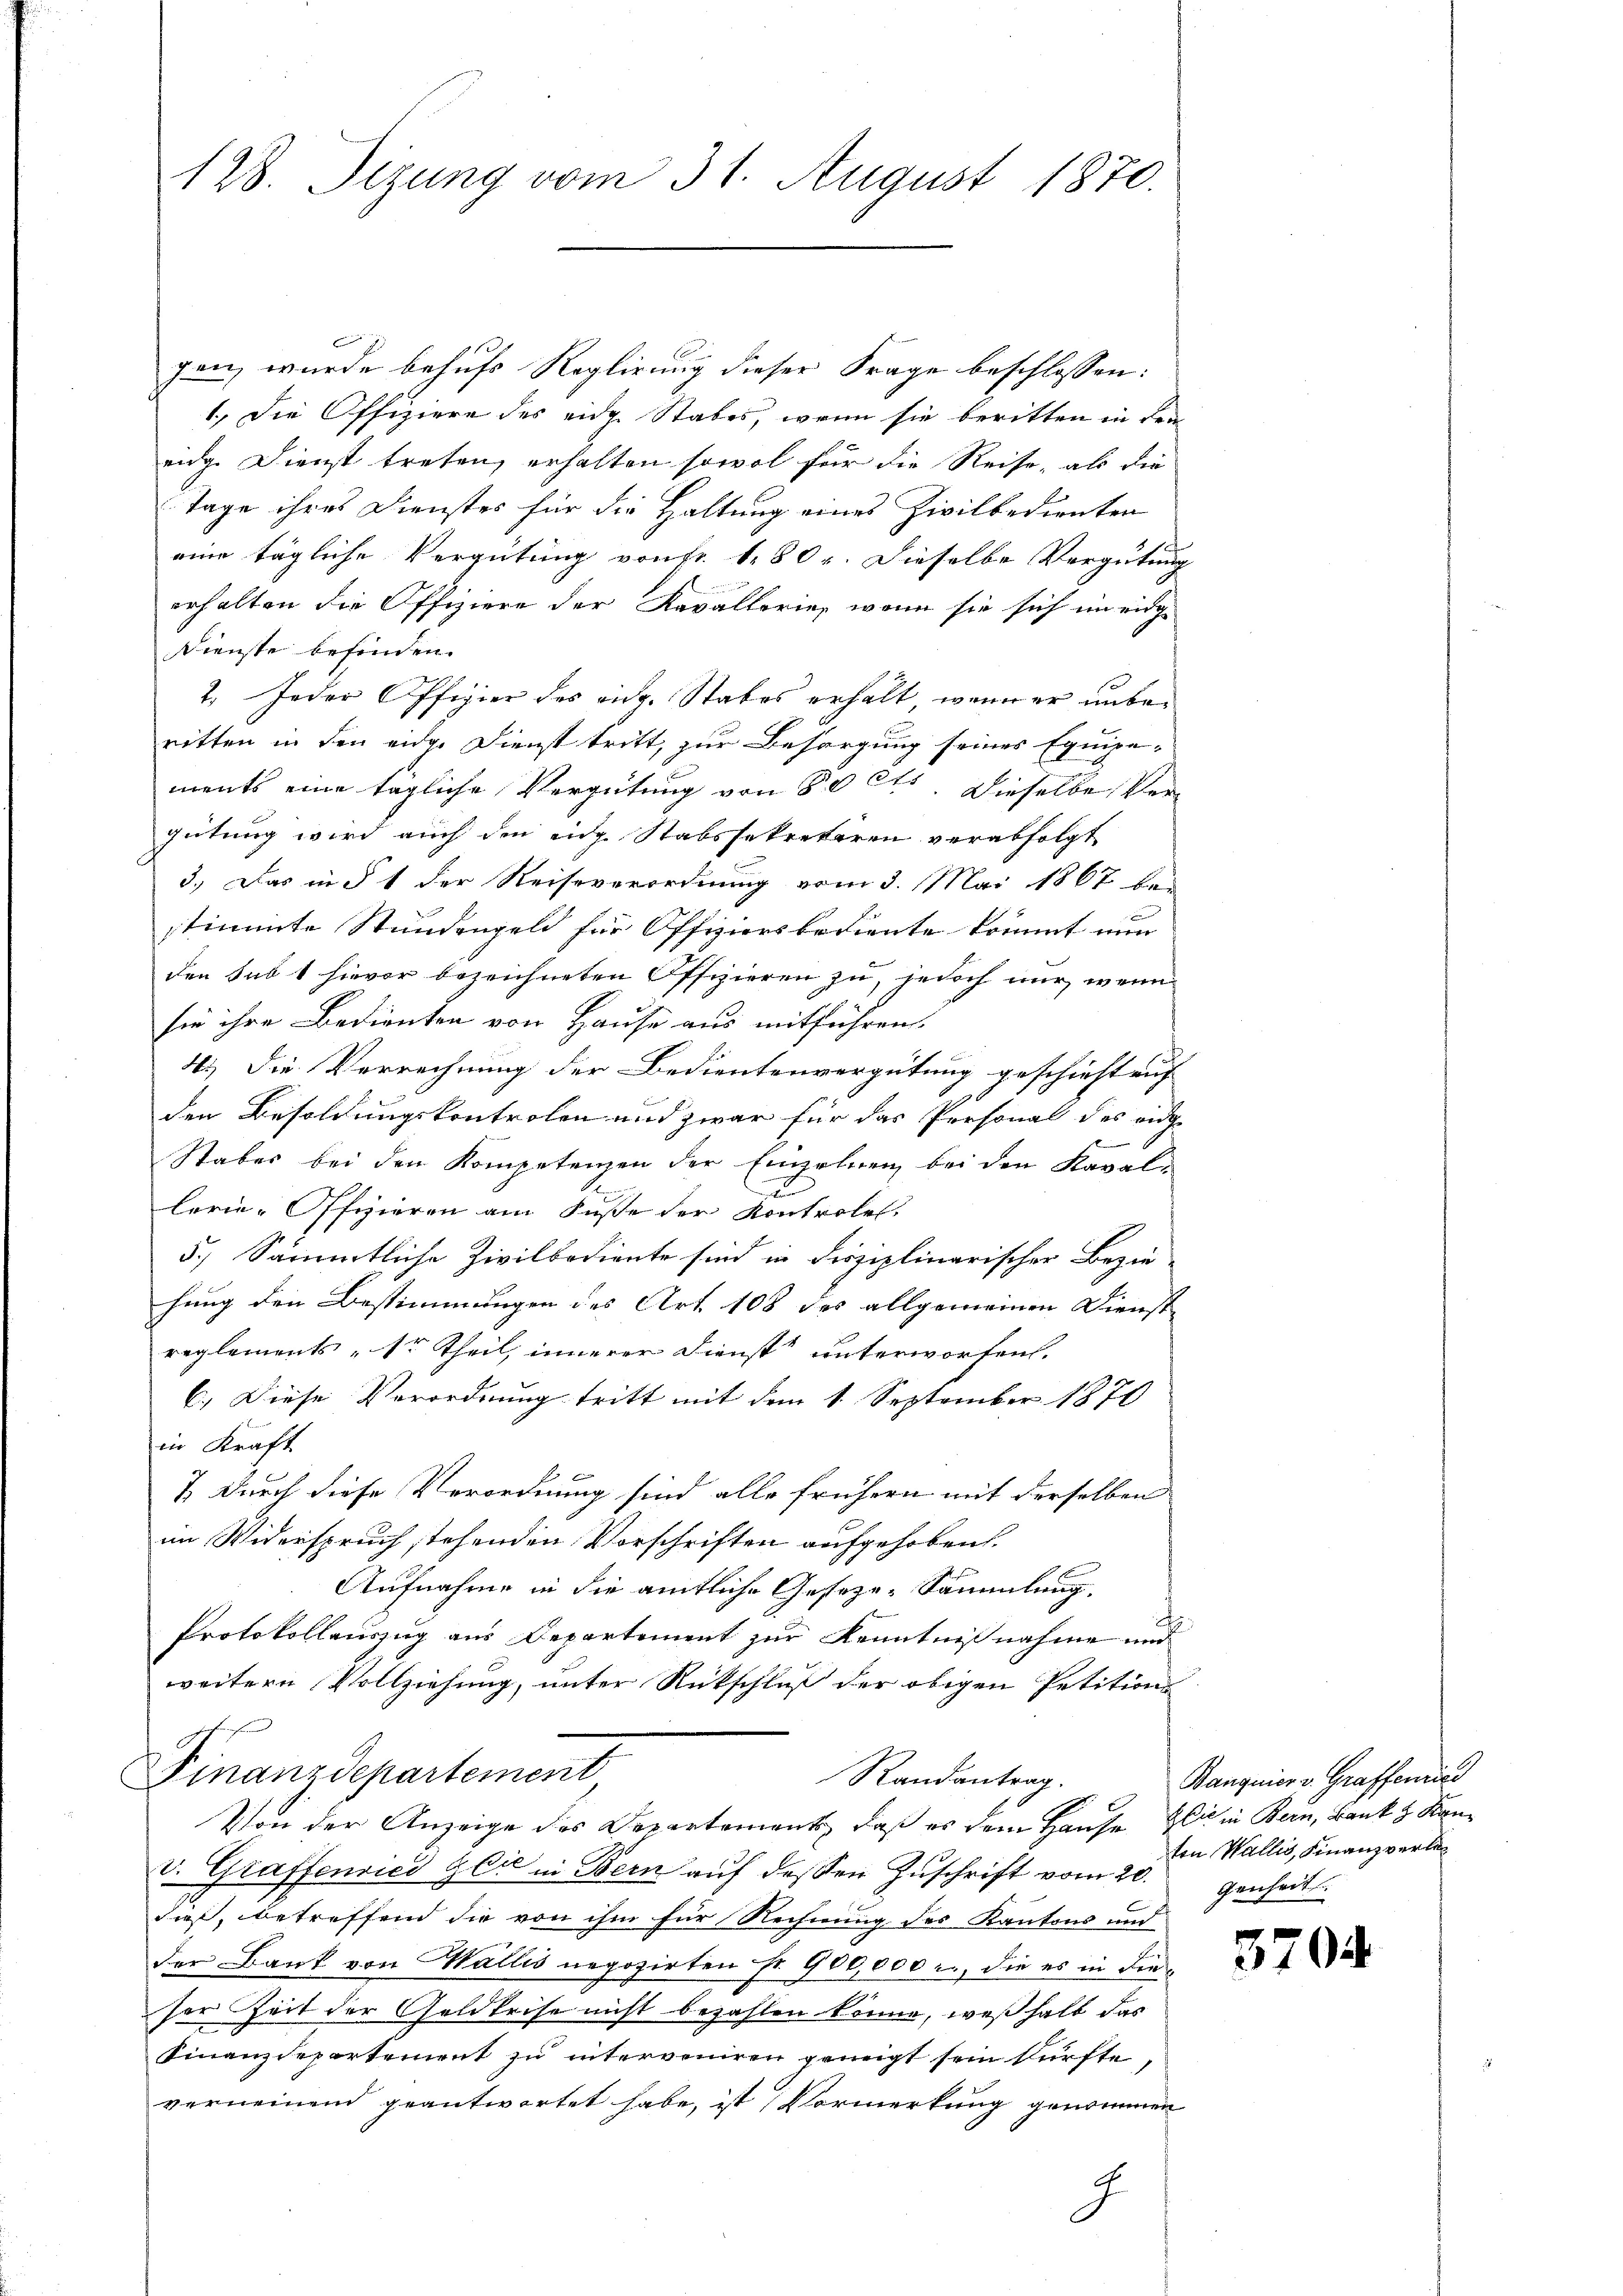
128. Sizung vom 31. August 1870.

gen, wurde behufs Reglirung dieser Frage beschlossen:
1.) Die Offiziere des eidg. Stabes, wenn sie beritten in den
eidg. Dienst treten, erhalten sowol für die Reise, als die
Tage ihres Dienstes für die Haltung eines Zivilbedienten
eine tägliche Vergütung von Fr. 180 r. Dieselbe Vergütung
erhalten die Offiziere der Kavallerie, wenn sie sich im eidge
Dienste befinden.
2. Jeder Offizier des eid. Stabes erhält, wenn er unberitten in den eidge Dienst tritt, zur Besorgung seines Equipe-
ments eine tägliche Vergütung von 80 Ct. Dieselbe Vergütung wird auch den eidg. Stabssekretären verabfolgt
3.) Das in § 1 der Reiseverordnung vom 3. Mai 1867 bei
stimmte Stundengeld für Offiziersbediente kommt nun
den sub 1 hievor bezeichneten Offizieren zu, jedoch nur, wenn
sie ihre Bedienten von Hause aus mitführen.
4.) Die Verrechnung der Bedientenvergütung geschieht auf
den Besoldungskontrolen und zwar für das Personal des eidge
Staber bei den Kompetenzen der Einzelnen bei den Kaval-
a
lerie-Offizieren am Fusse der Kontrole,
5.) Sämmtliche Zivilbediente sind in droziplinarischer Bezie-
hung den Bestimmungen des Art. 108 des allgemeinen Dienst-
reglements „Er Theil, innerer Dienst unterworfen.
C.) Diese Verordnung tritt mit dem 1. September 1870
in Kraft.
7. Durch diese Verordnung sind alle frühern mit derselben
im Widerspruch stehenden Vorschriften aufgehoben.
Aufnahme in die amtliche Geseze-Sammlung.
Protokollauszug aus Departement zur Kenntnißnahme und
weitern Vollziehung, unter Rückschluß der obigen Petition
a

Finanzdepartement
Randantrag.

Von der Anzeige des Departement, daß es dem Hause Gli in Bern, Bank & Kan¬
C. Graffensied Gaić in Bern auf dessen Zuschrift vom 20.
E
dieß, betreffend die von ihm für Rechnung des Kantons und
der Bank von Wallis negozirten Fr. 900,000 l., die es in die
ser Zeit der Geldkrise nicht bezahlen könne, weßhalb das
Finanzdepartement zu interveniren geneigt sein kürfte
verneinend geantwortet habe, ist Vormerkung genommen
g
.

Banquier v. Graffenried
ten Wallis, Finanzverlegenheit.

3704